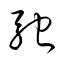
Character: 馳